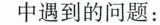
中遇到的问题：